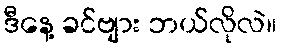
ဒီနေ့ ခင်ဗျား ဘယ်လိုလဲ။